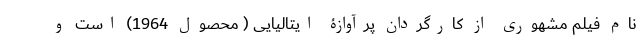
نام فیلم مشهوری از کارگردان پرآوازۀ ایتالیایی ( محصول 1964) است و